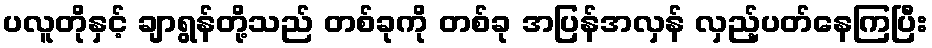
ပလူတိုနှင့် ချာရွန်တို့သည် တစ်ခုကို တစ်ခု အပြန်အလှန် လှည့်ပတ်နေကြပြီး